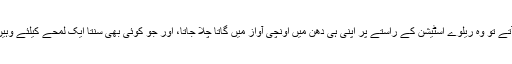
آسمان پر جب کبھی سیاہ بادل آتے تو وہ ریلوے اسٹیشن کے راستے پر اپنی ہی دھن میں اونچی آواز میں گاتا چلا جاتا، اور جو کوئی بھی سنتا ایک لمحے کیلئے وہیں رک جاتا جہاں وہ کھڑا ہوتا ۔